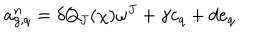
LaTeX: a _ { g , q } ^ { n } = \delta Q _ { J } ( \chi ) \omega ^ { J } + \gamma c _ { q } + d e _ { q } .